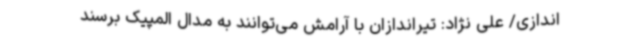
اندازی/ علی نژاد: تیراندازان با آرامش می‌توانند به مدال المپیک برسند